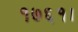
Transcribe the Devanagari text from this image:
१७६१।